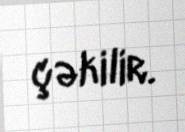
çəkilir.